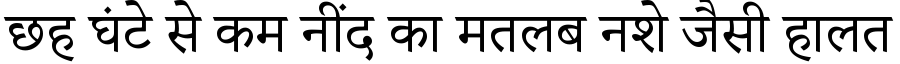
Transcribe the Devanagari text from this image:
छह घंटे से कम नींद का मतलब नशे जैसी हालत